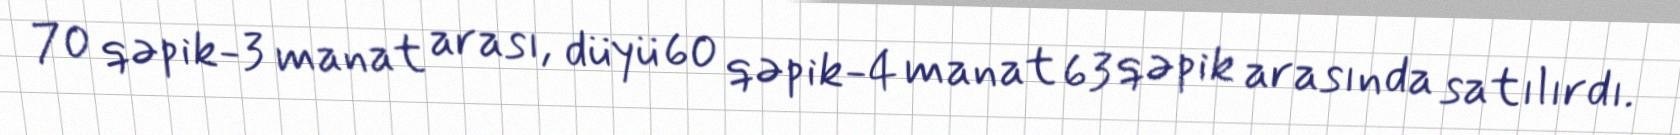
70 qəpik-3 manat arası, düyü 60 qəpik-4 manat 63 qəpik arasında satılırdı.